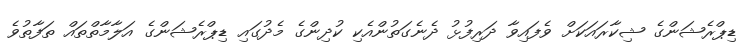
ޑިޕްރެޝަންގެ ޝިކާރައަކަށް ވެފައިވާ ދަރިފުޅު ދެނެގަތުންއެކި ކުދިންގެ މެދުގައި ޑިޕްރެޝަންގެ އަލާމާތްތައް ތަފާތުވެ